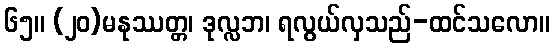
၆၅။ (၂၀)မနုဿတ္တ၊ ဒုလ္လဘ၊ ရလွယ်လှသည်-ထင်သလော။